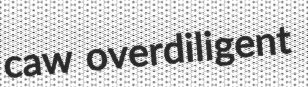
caw overdiligent